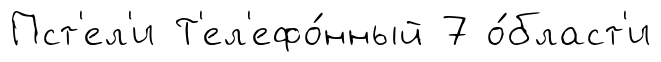
Пст'ел'и Т'ел'ефо́нный 7 о́бласт'и